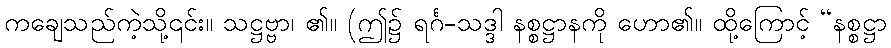
ကချေသည်ကဲ့သို့၎င်း။ သဋ္ဌဗ္ဗာ၊ ၏။ (ဤ၌ ရင်္ဂ-သဒ္ဒါ နစ္စဋ္ဌာနကို ဟော၏။ ထို့ကြောင့် “နစ္စဋ္ဌာ